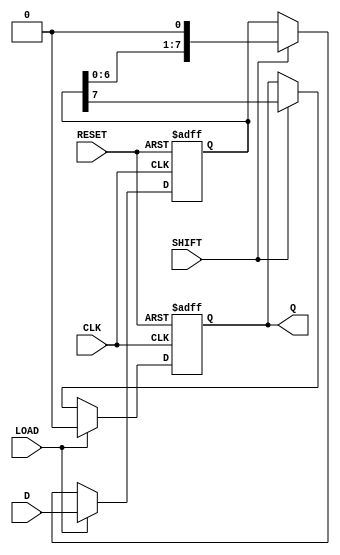
module PISO_Register (
    input wire [7:0] D,             // 8-bit data input for parallel load
    input wire LOAD,                 // Control signal to load data parallelly
    input wire SHIFT,                // Control signal to shift data serially
    input wire CLK,                  // Clock signal
    input wire RESET,                // Asynchronous reset signal
    output reg Q                    // Serial output bit
);
    reg [7:0] shift_reg;             // 8-bit shift register to hold data

    always @(posedge CLK or posedge RESET) begin
        if (RESET) begin
            shift_reg <= 8'b00000000; // Reset the register to zero
            Q <= 1'b0;                // Ensure output is zero
        end else if (LOAD) begin
            shift_reg <= D;           // Load input data into the shift register
            Q <= 1'b0;                // Maintain Q as zero during load
        end else if (SHIFT) begin
            Q <= shift_reg[7];        // Output the MSB to Q
            shift_reg <= {shift_reg[6:0], 1'b0}; // Shift right and fill LSB with zero
        end
        // If neither LOAD nor SHIFT is asserted, retain the current state.
    end

endmodule